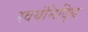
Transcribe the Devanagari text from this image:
स्वयंसिद्धि